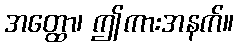
အတ္ထော၊ ဤကားအနက်။